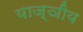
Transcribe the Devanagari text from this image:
याज्ञीय